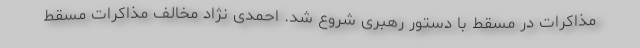
مذاکرات در مسقط با دستور رهبری شروع شد. احمدی نژاد مخالف مذاکرات مسقط